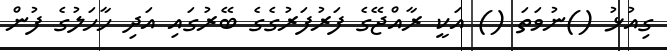
ގިއުޅު ()ނުވަތަ () އަކީ ރާއްޖޭގެ ފަރުފަރުގެގެ ބޭރުގައި އަދި ހާހަލުގެ ފުން